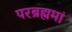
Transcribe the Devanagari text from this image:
परब्रह्ममां